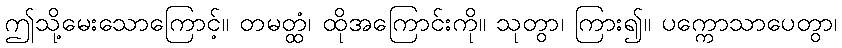
ဤသို့မေးသောကြောင့်။ တမတ္ထံ၊ ထိုအကြောင်းကို။ သုတွာ၊ ကြား၍။ ပက္ကောသာပေတွာ၊